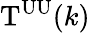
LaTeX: \mathrm{T}^{\mathrm{UU}}(k)